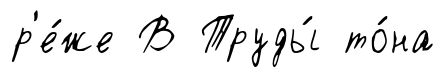
р'е́же В Труды́ то́на